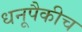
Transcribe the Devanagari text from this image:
धनूपैकीच